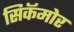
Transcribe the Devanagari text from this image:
सिकॅमोर